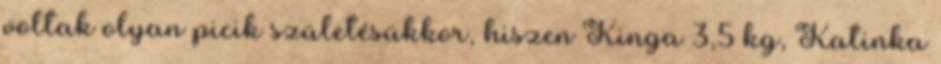
voltak olyan picik születésükkor, hiszen Kinga 3,5 kg, Katinka